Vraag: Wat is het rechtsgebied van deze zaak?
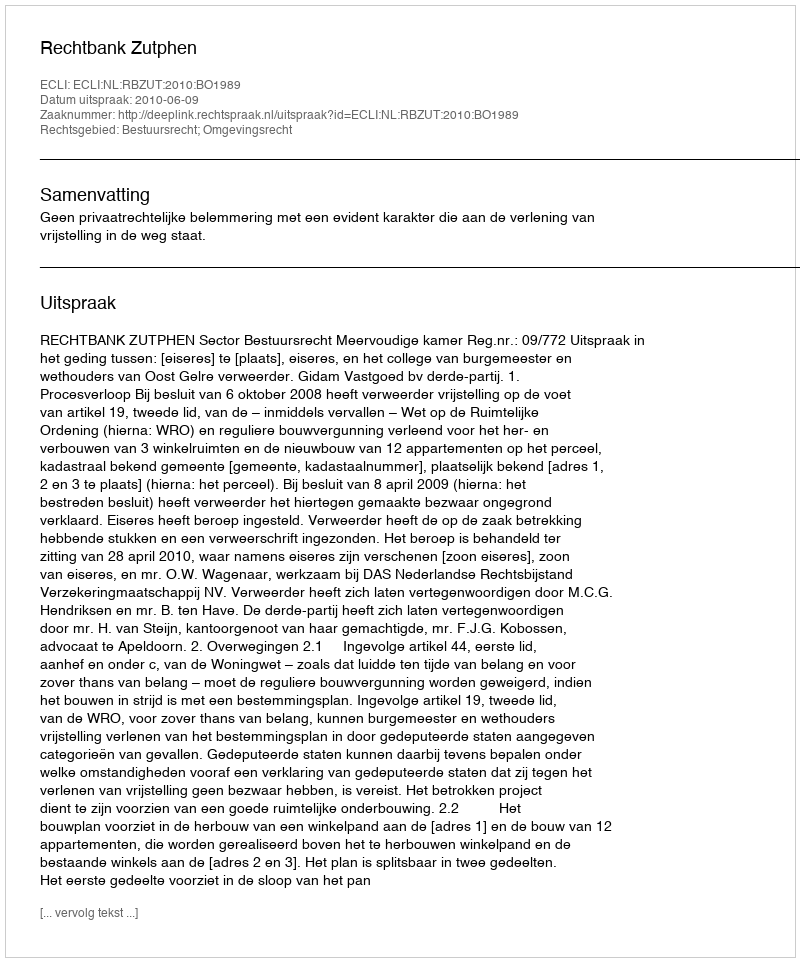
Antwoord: Bestuursrecht; Omgevingsrecht